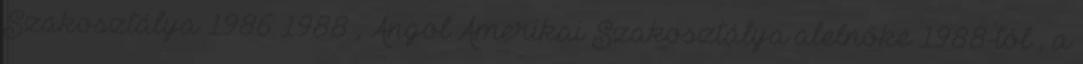
Szakosztálya 1986–1988 , Angol–Amerikai Szakosztálya alelnöke 1988-tól , a